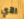
الآي